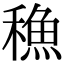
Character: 𮃣